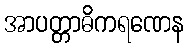
အာပတ္တာဓိကရဏေန